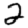
Digit: 2